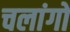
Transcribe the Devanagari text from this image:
चलांगों